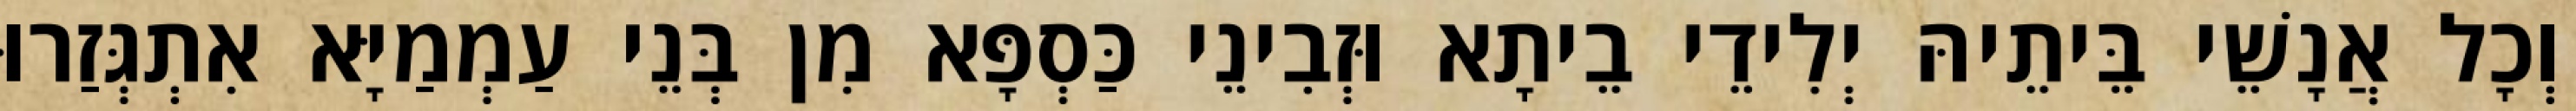
וְכָל אֲנָשֵׁי בֵּיתֵיהּ יְלִידֵי בֵיתָא וּזְבִינֵי כַּסְפָּא מִן בְּנֵי עַמְמַיָּא אִתְגְּזַרוּ